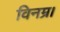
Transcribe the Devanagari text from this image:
विनम्र।